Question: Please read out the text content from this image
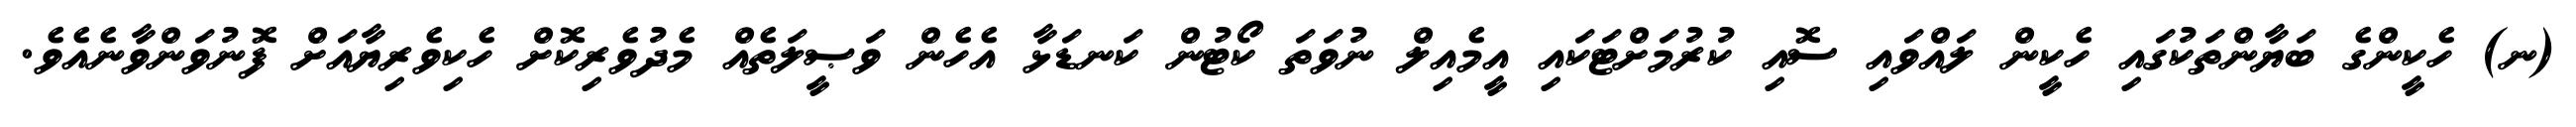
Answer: (ނ) ހެކީންގެ ބަޔާންތަކުގައި ހެކީން ލައްވައި ސޮއި ކުރުމަށްޓަކައި އީމެއިލް ނުވަތަ ކޯޓުން ކަނޑަޅާ އެހެން ވަޞީލަތެއް މެދުވެރިކޮށް ހެކިވެރިޔާއަށް ފޮނުވަންވާނެއެވެ.